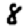
Digit: 8